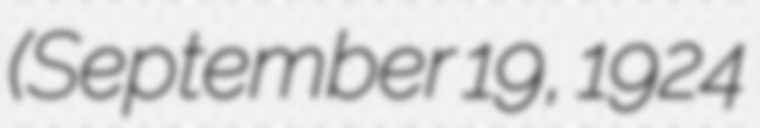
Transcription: (September 19, 1924